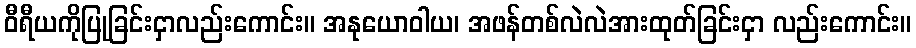
ဝီရီယကိုပြုခြင်းငှာလည်းကောင်း။ အနုယောဝါယ၊ အဖန်တစ်လဲလဲအားထုတ်ခြင်းငှာ လည်းကောင်း။